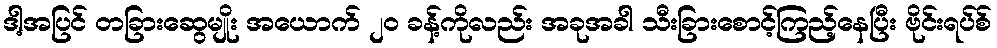
ဒါ့အပြင် တခြားဆွေမျိုး အယောက် ၂၀ ခန့်ကိုလည်း အခုအခါ သီးခြားစောင့်ကြည့်နေပြီး ဗိုင်းရပ်စ်